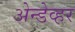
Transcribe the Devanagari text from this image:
अेन्डेव्हर